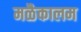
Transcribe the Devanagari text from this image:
मळैकालम